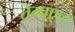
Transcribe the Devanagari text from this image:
तेम्प्एल